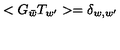
< G _ { \bar { w } } T _ { w ^ { \prime } } > = \delta _ { w , w ^ { \prime } }